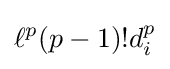
\ell ^{p}(p-1)!d_{i}^{p}